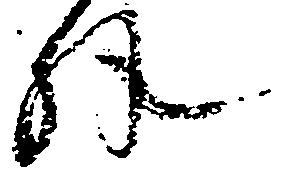
外